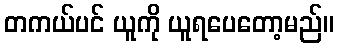
တကယ်ပင် ယူကို ယူရပေတော့မည်။